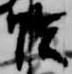
陰